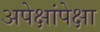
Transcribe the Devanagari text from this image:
अपेक्षांपेक्षा